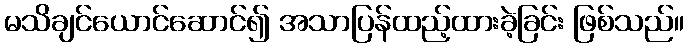
မသိချင်ယောင်ဆောင်၍ အသာပြန်ထည့်ထားခဲ့ခြင်း ဖြစ်သည်။